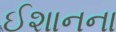
ઈશાનના